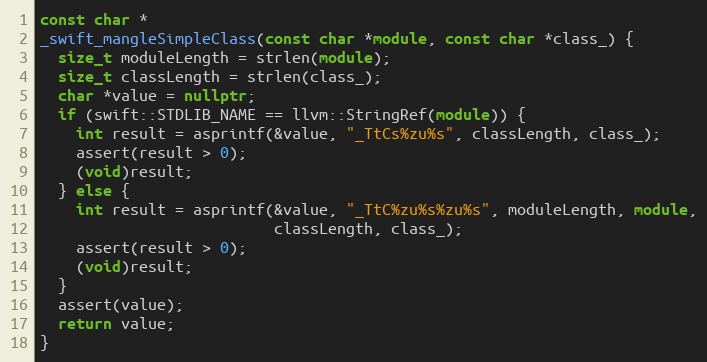
Language: C++
const char *
_swift_mangleSimpleClass(const char *module, const char *class_) {
  size_t moduleLength = strlen(module);
  size_t classLength = strlen(class_);
  char *value = nullptr;
  if (swift::STDLIB_NAME == llvm::StringRef(module)) {
    int result = asprintf(&value, "_TtCs%zu%s", classLength, class_);
    assert(result > 0);
    (void)result;
  } else {
    int result = asprintf(&value, "_TtC%zu%s%zu%s", moduleLength, module,
                          classLength, class_);
    assert(result > 0);
    (void)result;
  }
  assert(value);
  return value;
}